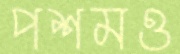
পশমও